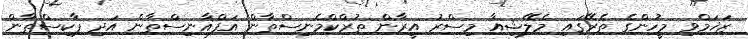
ޒަޚަމްވި މީހުންގެ ތެރޭގައި މެލޭޝިއާ މިސްރު އީރާން ތުރްކްމެނިސްތާން އަފްޣާނިސްތާން އަދި ޕާކިސްތާން